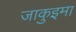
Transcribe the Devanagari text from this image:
जाकुइमा